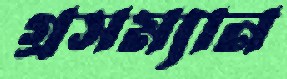
গ্রসম্যান